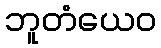
ဘူတံယေဝ